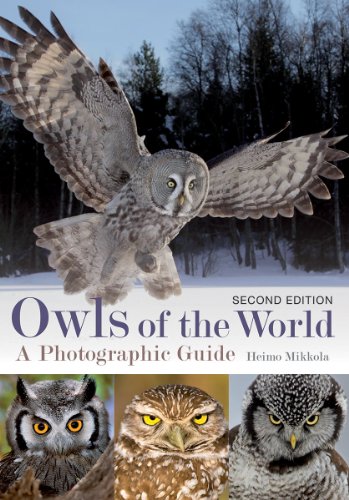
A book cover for Owls of the World: A Photographic Guide; Heimo Mikkola; Science & Math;